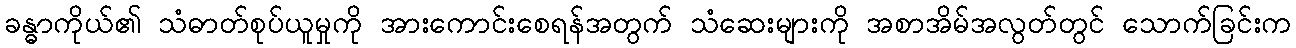
ခန္ဓာကိုယ်၏ သံဓာတ်စုပ်ယူမှုကို အားကောင်းစေရန်အတွက် သံဆေးများကို အစာအိမ်အလွတ်တွင် သောက်ခြင်းက